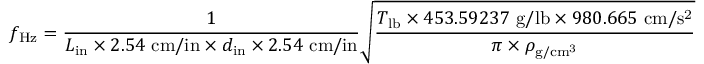
f _ { \mathrm { H z } } = { \frac { 1 } { L _ { \mathrm { i n } } \times 2 . 5 4 \ \mathrm { c m / i n } \times d _ { \mathrm { i n } } \times 2 . 5 4 \ \mathrm { c m / i n } } } { \sqrt { \frac { T _ { \mathrm { l b } } \times 4 5 3 . 5 9 2 3 7 \ \mathrm { g / l b } \times 9 8 0 . 6 6 5 \ \mathrm { c m / s ^ { 2 } } } { \pi \times \rho _ { \mathrm { g / c m ^ { 3 } } } } } }